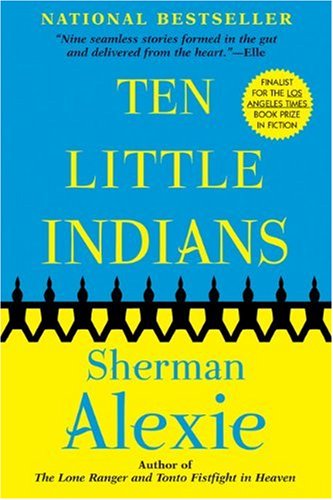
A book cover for Ten Little Indians; Sherman Alexie; Literature & Fiction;